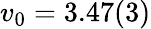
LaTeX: v_{0}=3.47(3)